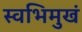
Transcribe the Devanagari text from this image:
स्वभिमुखं